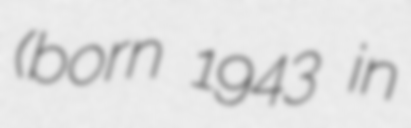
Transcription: (born 1943 in